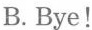
B.Bye!